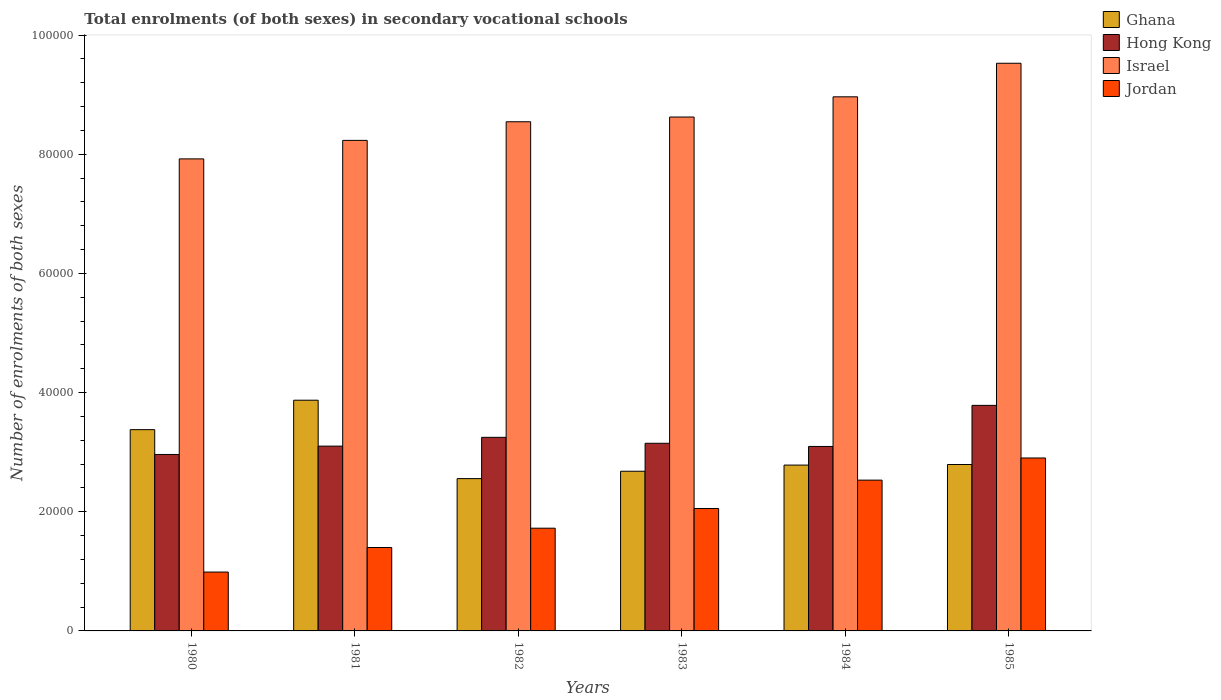
| Years | Ghana | Hong Kong | Israel | Jordan |
 | --- | --- | --- | --- | --- |
 | 1980 | 3.38e+04 | 2.96e+04 | 7.92e+04 | 9.88e+03 |
 | 1981 | 3.87e+04 | 3.1e+04 | 8.23e+04 | 1.4e+04 |
 | 1982 | 2.56e+04 | 3.25e+04 | 8.55e+04 | 1.72e+04 |
 | 1983 | 2.68e+04 | 3.15e+04 | 8.63e+04 | 2.05e+04 |
 | 1984 | 2.78e+04 | 3.1e+04 | 8.96e+04 | 2.53e+04 |
 | 1985 | 2.79e+04 | 3.79e+04 | 9.53e+04 | 2.9e+04 |